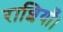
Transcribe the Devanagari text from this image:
राशियाँ।